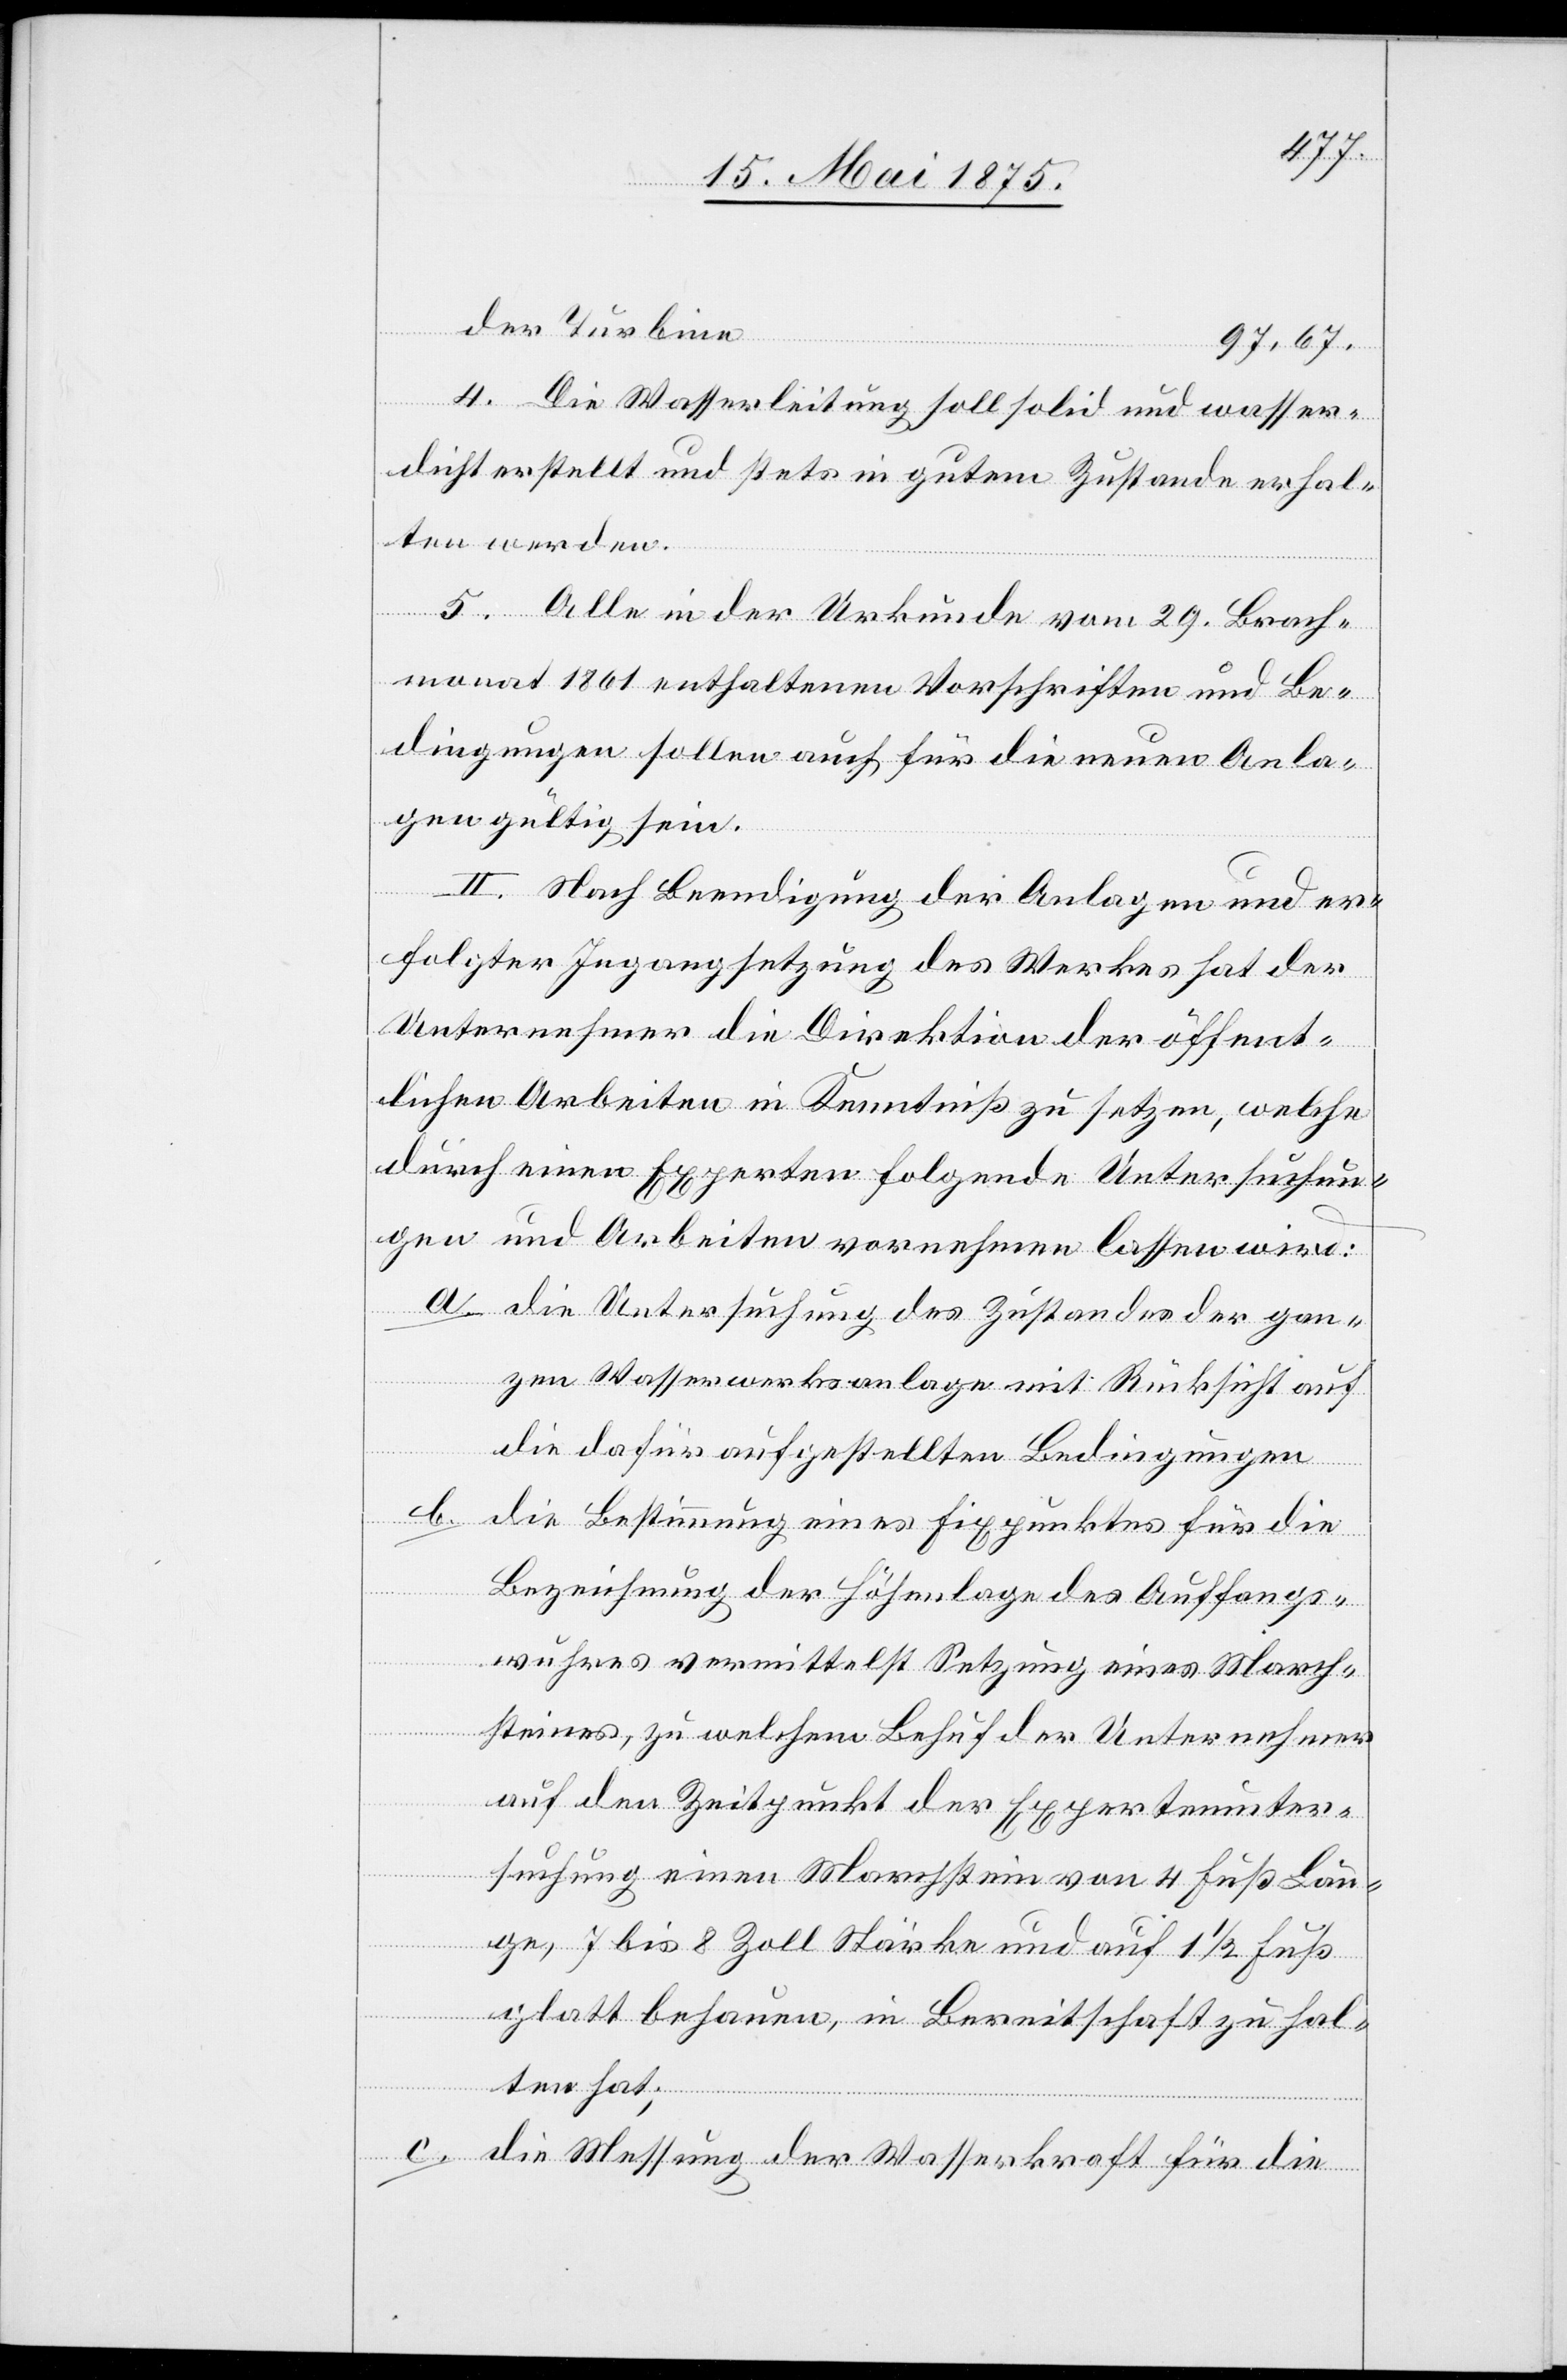
der Turbine
97,67,
4. Die Wasserleitung soll solid und wasser¬
dicht erstellt und stets in gutem Zustande erhal¬
ten werden.
5. Alle in der Urkunde vom 29. Brach¬
monat 1861 enthaltenen Vorschriften und Be¬
dingungen sollen auch für die neuen Anla¬
gen gültig sein.
II. Nach Beendigung der Anlagen und er¬
folgter Ingangsetzung des Werkes hat der
Unternehmer die Direktion der öffent¬
lichen Arbeiten in Kenntniß zu setzen, welche
durch einen Experten folgende Untersuchun¬
gen und Arbeiten vornehmen lassen wird:
a. die Untersuchung des Zustandes der gan¬
zen Wasserwerksanlage mit Rücksicht auf
die dafür aufgestellten Bedingungen
b. die Bestimmung eines Fixpunktes für die
Bezeichnung der Höhenlage des Auffangs¬
wu¬
hres, zu welchem Behuf der Unternehmer
auf den Zeitpunkt der Expertenunter¬
suchung einen Machstein von 4 Fuß Län¬
ge, 7 bis 8 Zoll Stäke und auf 1 ½ Fuß
glatt behauen, in Bereitschaft zu hal¬
ten hat;
c. die Messung der Wasserkraft für die